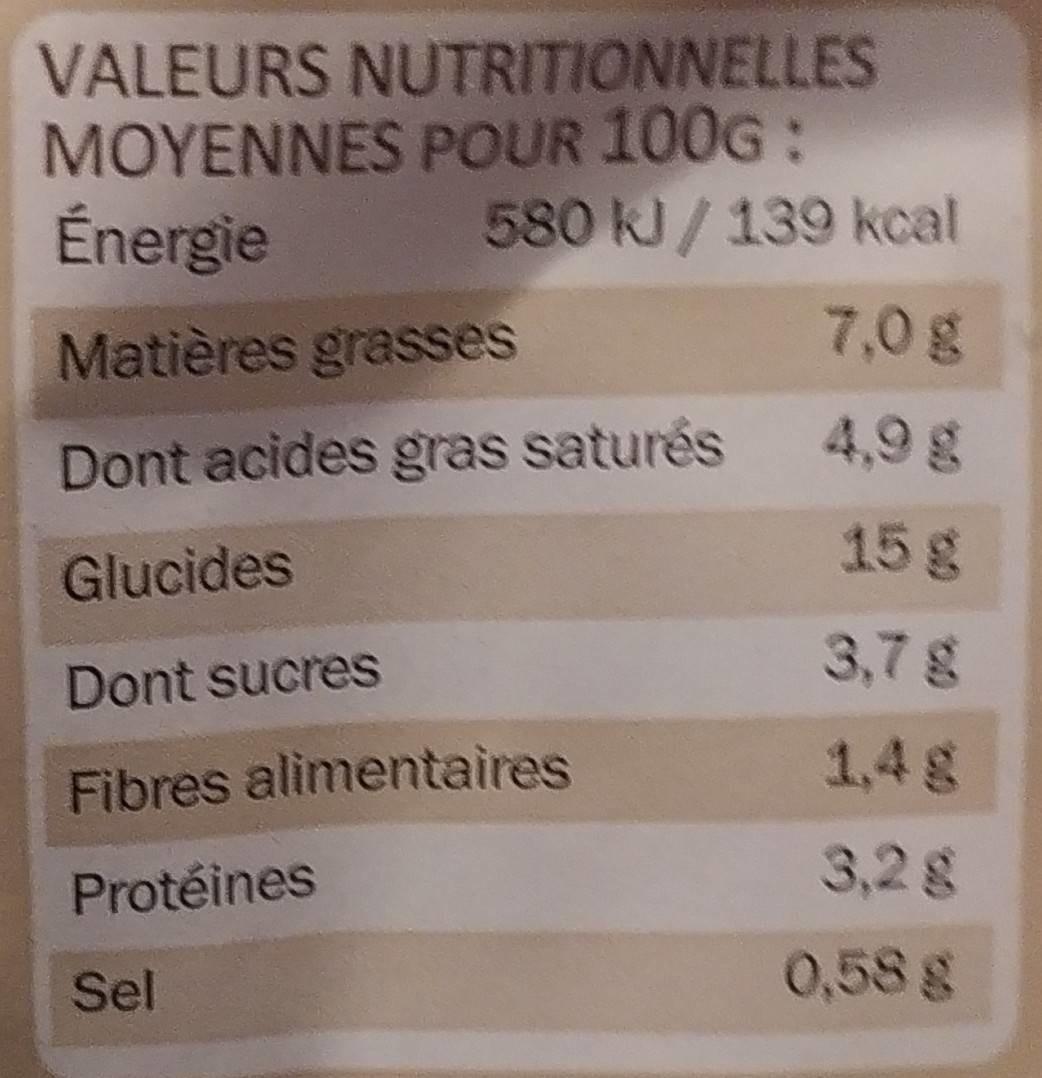
VALEURS NUTRITIONNELLES MOYENNES POUR 100G: Énergie
580 k/ 139 kcal
Matières grasses
7,0g
Dont acides gras saturés
4,9g
15 g
Glucides
3,7g
Dont sucres
1,4 g
Fibres alimentaires
3,2 g
Protéines
Sel
0,58 g